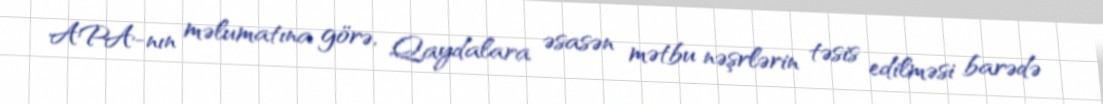
APA-nın məlumatına görə, Qaydalara əsasən mətbu nəşrlərin təsis edilməsi barədə